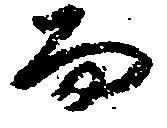
而